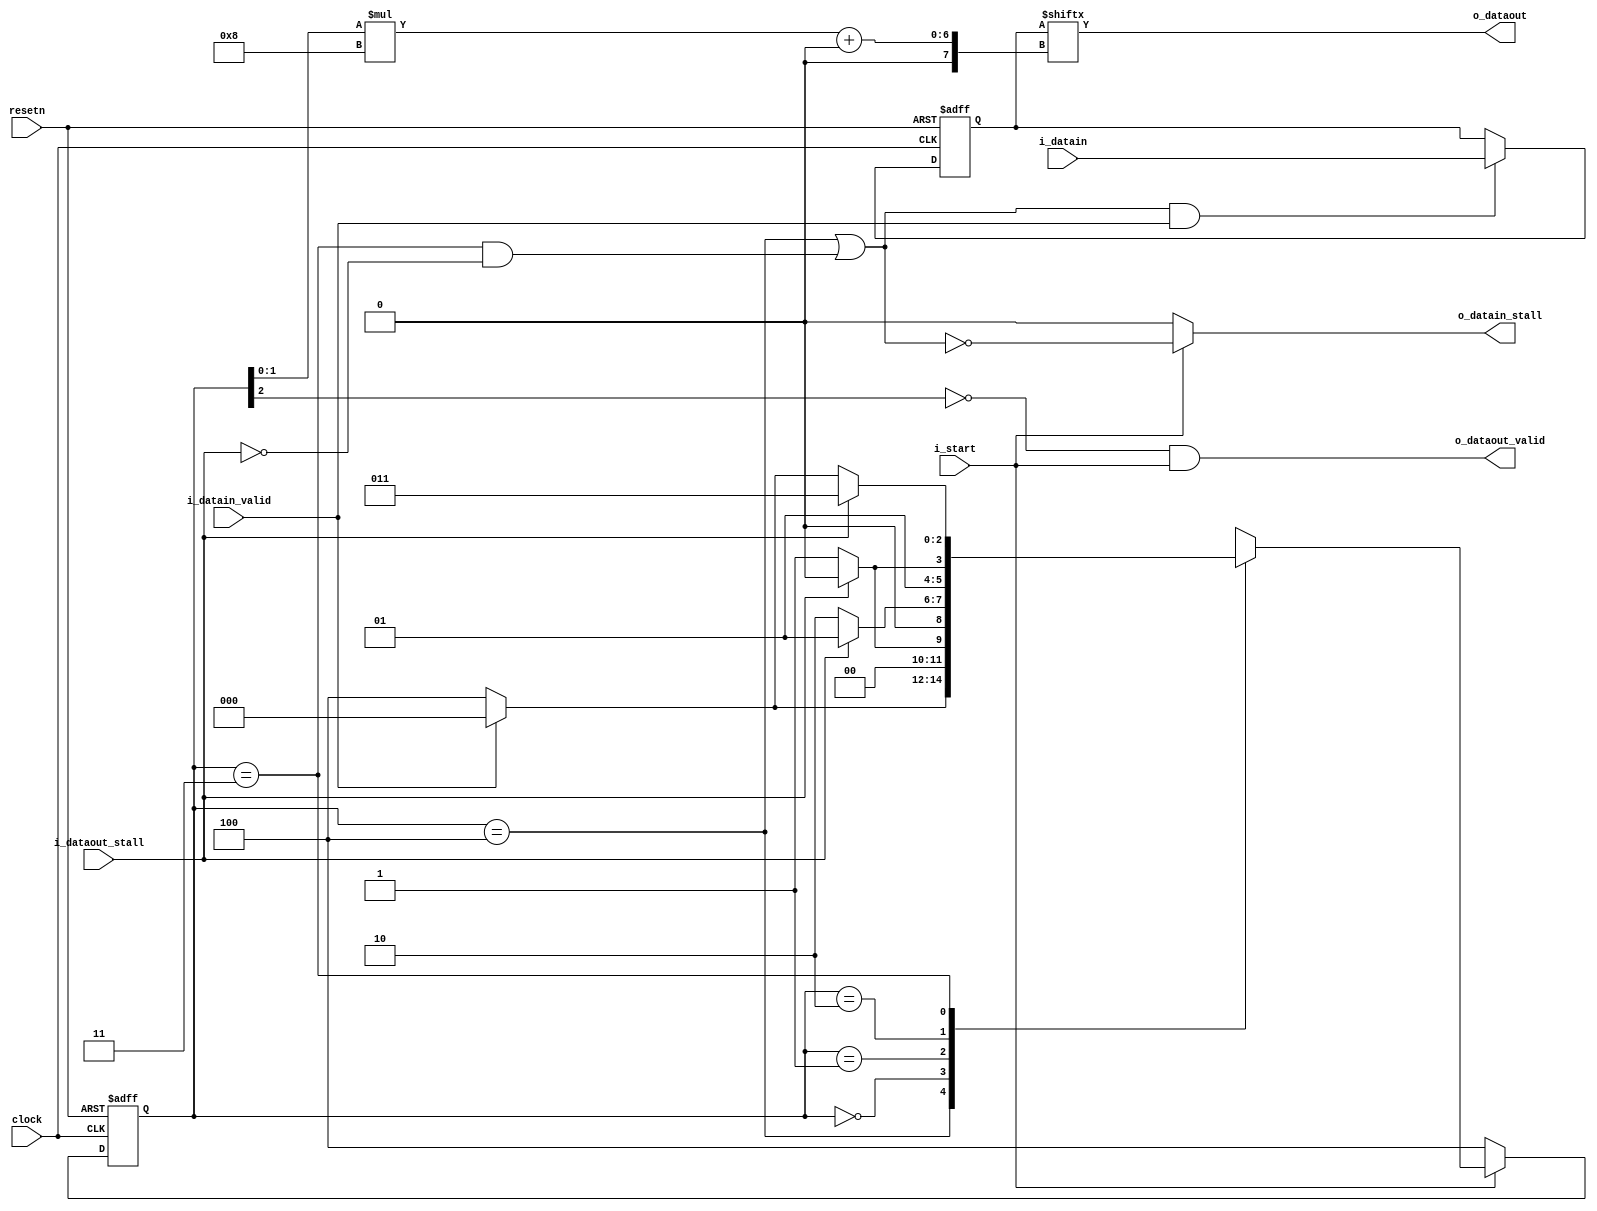
module vfabric_down_converter(clock, resetn, i_start,
  i_datain, i_datain_valid, o_datain_stall, 
  o_dataout, i_dataout_stall, o_dataout_valid);

parameter DATAIN_WIDTH = 32;
parameter DATAOUT_WIDTH = 8;

 input clock, resetn, i_start;
 input [DATAIN_WIDTH-1:0] i_datain;
 input i_datain_valid;
 output o_datain_stall;
 output [DATAOUT_WIDTH-1:0] o_dataout;
 input i_dataout_stall;
 output o_dataout_valid;
 
// Specify state machine states.
parameter s_IDLE = 3'b100;
parameter s_SEND_B1 = 3'b000;
parameter s_SEND_B2 = 3'b001;
parameter s_SEND_B3 = 3'b010;
parameter s_SEND_B4 = 3'b011;

// State and next_state variables
reg [2:0] present_state, next_state;

reg [DATAIN_WIDTH-1:0] data_to_send;
wire latch_new_data;

// Simple state machine to output 1 byte per cycle
always@(*)
begin
   case (present_state)
    s_IDLE: if (i_datain_valid)
                next_state <= s_SEND_B1;
             else
                next_state <= s_IDLE;
                
    s_SEND_B1: if (!i_dataout_stall)
                 next_state <= s_SEND_B2; 
               else 
                 next_state <= s_SEND_B1; 
    s_SEND_B2: if (!i_dataout_stall)
                 next_state <= s_SEND_B3; 
               else 
                 next_state <= s_SEND_B2; 
    s_SEND_B3: if (!i_dataout_stall)
                 next_state <= s_SEND_B4; 
               else 
                 next_state <= s_SEND_B3; 
              
    s_SEND_B4: if (!i_dataout_stall)
                 next_state <= i_datain_valid ? s_SEND_B1 : s_IDLE;
               else 
                 next_state <= s_SEND_B4;
    
    default: next_state <= 3'bxxx;
   endcase	 
end

// Simple state machine to output 1 byte per cycle
always@(posedge clock or negedge resetn)
begin
  if (~resetn)
    data_to_send <= {DATAIN_WIDTH{1'b0}};
  else
    data_to_send <= (latch_new_data & i_datain_valid) ? 
                        i_datain : data_to_send;
end 

// State assignment
always@(posedge clock or negedge resetn)
begin
  if (~resetn)
     present_state <= s_IDLE;
  else
     present_state <= (i_start) ? next_state : s_IDLE;
end

  //assign o_dataout = (present_state == s_SEND_B1) ? data_to_send[DATAOUT_WIDTH-1:0] : 
  //                   ((present_state == s_SEND_B2) ? data_to_send[2*DATAOUT_WIDTH-1:DATAOUT_WIDTH] : 
  //                   ((present_state == s_SEND_B3) ? data_to_send[3*DATAOUT_WIDTH-1:2*DATAOUT_WIDTH] : 
  //                                                   data_to_send[4*DATAOUT_WIDTH-1:3*DATAOUT_WIDTH] ));
  assign o_dataout = data_to_send[present_state[1:0]*DATAOUT_WIDTH +: DATAOUT_WIDTH];
  //assign o_dataout_valid = (present_state != s_IDLE);
  assign o_dataout_valid = ~present_state[2] & i_start;
    
  //we latch data in the idle state, or if we're in the send_b4 state, 
  //  and downstream is not stalling back
  assign latch_new_data = (present_state == s_IDLE) || 
                          ((present_state == s_SEND_B4) & ~i_dataout_stall);

  // we want to lower the stall to the inputs when we want to latch new data
  assign o_datain_stall = (i_start) ? ~latch_new_data : 1'b0;
 
 
endmodule